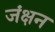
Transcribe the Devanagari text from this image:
जंक्षन